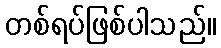
တစ်ရပ်ဖြစ်ပါသည်။